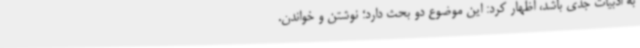
به ادبیات جدی باشد، اظهار کرد: این موضوع دو بحث دارد؛ نوشتن و خواندن.